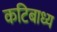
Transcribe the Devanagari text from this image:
कटिबाध्य